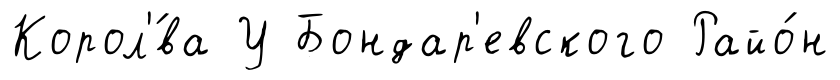
Корол'́ва У Бондар'евского Райо́н